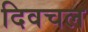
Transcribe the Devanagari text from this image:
दिवचल